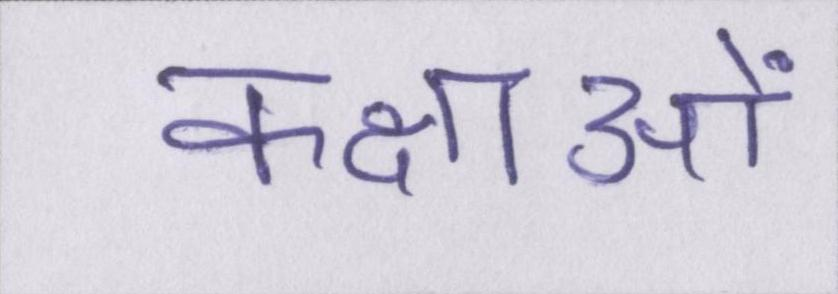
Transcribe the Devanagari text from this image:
कक्षाओं